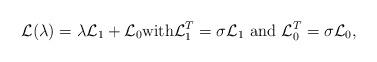
LaTeX: \begin{align*}\mathcal{L}(\lambda)=\lambda \mathcal{L}_1+\mathcal{L}_0 \mbox{with} \mathcal{L}_1^T=\sigma \mathcal{L}_1\,\, \mbox{and}\,\, \mathcal{L}_0^T=\sigma \mathcal{L}_0,\end{align*}